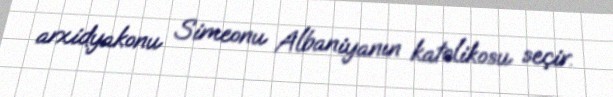
arxidyakonu Simeonu Albaniyanın katolikosu seçir.